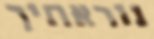
נוראתיך